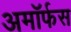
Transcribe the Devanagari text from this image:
अमॉर्फस